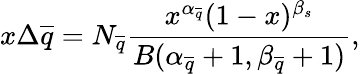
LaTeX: x\Delta\overline{{{q}}}=N_{\overline{{{q}}}}\frac{x^{\alpha_{\overline{{{q}}}}}(1-x)^{\beta_{s}}}{B(\alpha_{\overline{{{q}}}}+1,\beta_{\overline{{{q}}}}+1)},